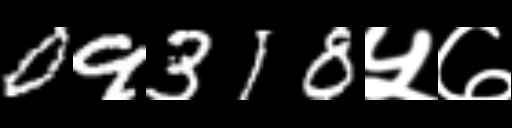
Text: 09318५७